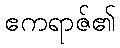
ဧကရာဇ်၏